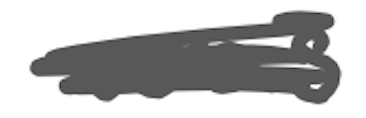
Text: was
Cross-out: mix
Writing tool: digital_gray